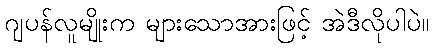
ဂျပန်လူမျိုးက များသောအားဖြင့် အဲဒီလိုပါပဲ။